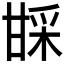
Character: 𬎱